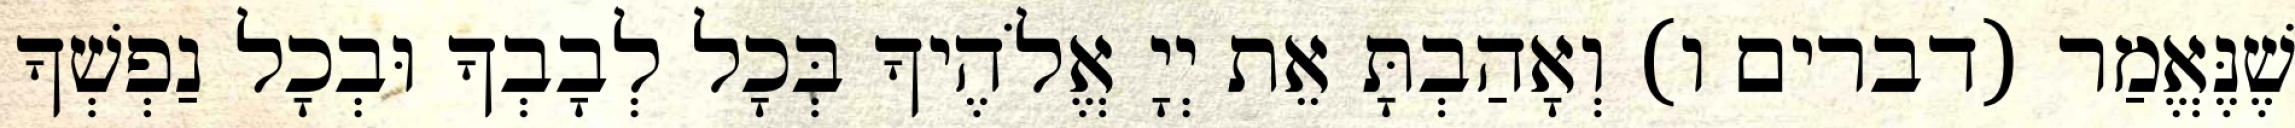
שֶׁנֶּאֱמַר (דברים ו) וְאָהַבְתָּ אֵת יְיָ אֱלֹהֶיךָ בְּכָל לְבָבְךָ וּבְכָל נַפְשְׁךָ